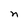
Character: n